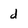
Character: d